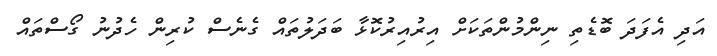
އަދި އެފަދަ ބޮޑެތި ނިންމުންތަކަށް އިރުއިރުކޮޅާ ބަދަލުތައް ގެނެސް ކުރިން ހެދުނު ގޯސްތައް